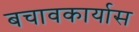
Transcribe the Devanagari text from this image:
बचावकार्यास